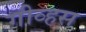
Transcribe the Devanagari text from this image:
गीव्हस